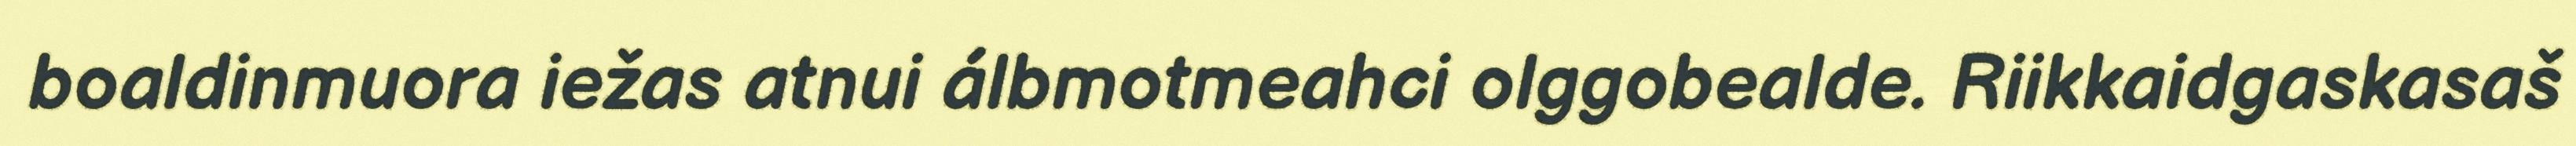
boaldinmuora iežas atnui álbmotmeahci olggobealde. Riikkaidgaskasaš